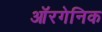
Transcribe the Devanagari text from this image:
ऑरगेनिक